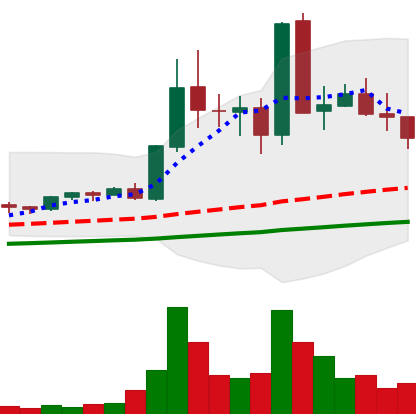
Ticker: EOS-USD
Chart end date: 2021-05-17
Forward return: -44.107%
Label: down_7plus